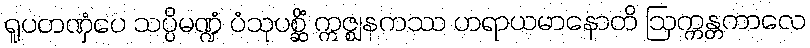
ရူပတဏှံပေ သပ္ပိမဏ္ဍံ ပံသုပစ္ဆိံ ဣဇ္ဈနကဿ ဟရာယမာနောတိ ဩက္ကန္တကာလေ